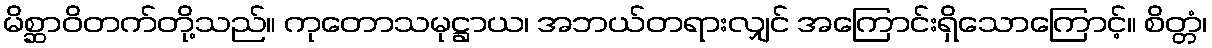
မိစ္ဆာဝိတက်တို့သည်။ ကုတောသမုဋ္ဌာယ၊ အဘယ်တရားလျှင် အကြောင်းရှိသောကြောင့်။ စိတ္တံ၊